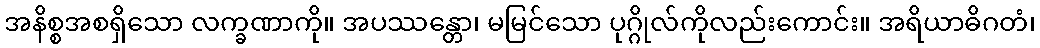
အနိစ္စအစရှိသော လက္ခဏာကို။ အပဿန္တော၊ မမြင်သော ပုဂ္ဂိုလ်ကိုလည်းကောင်း။ အရိယာဓိဂတံ၊